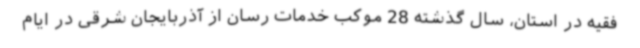
فقیه در استان، سال گذشته 28 موکب خدمات رسان از آذربایجان شرقی در ایام